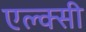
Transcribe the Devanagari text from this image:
एल्क्सी